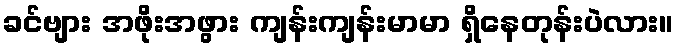
ခင်ဗျား အဖိုးအဖွား ကျန်းကျန်းမာမာ ရှိနေတုန်းပဲလား။